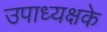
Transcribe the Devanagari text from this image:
उपाध्यक्षके